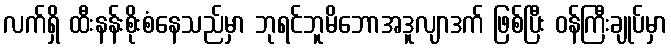
လက်ရှိ ထီးနန်းစိုးစံနေသည်မှာ ဘုရင်ဘူမိဘောအဒူလျာဒက် ဖြစ်ပြီး ဝန်ကြီးချုပ်မှာ